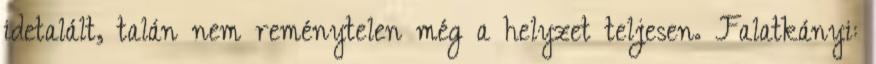
idetalált, talán nem reménytelen még a helyzet teljesen. Falatkányi: